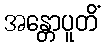
အန္တောပူတိံ